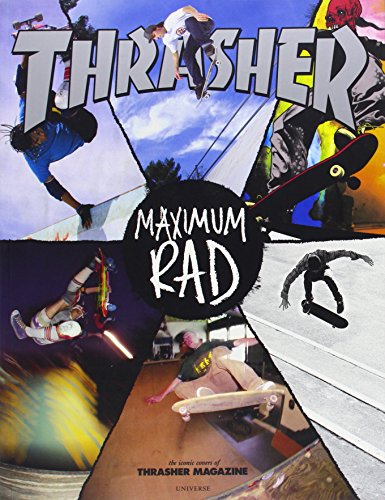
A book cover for Maximum Rad: The Iconic Covers of Thrasher Magazine; Thrasher Magazine; Arts & Photography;